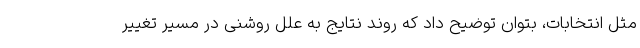
مثل انتخابات، بتوان توضیح داد که روند نتایج به علل روشنی در مسیر تغییر